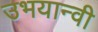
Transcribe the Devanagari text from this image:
उभयान्वी